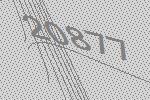
20877